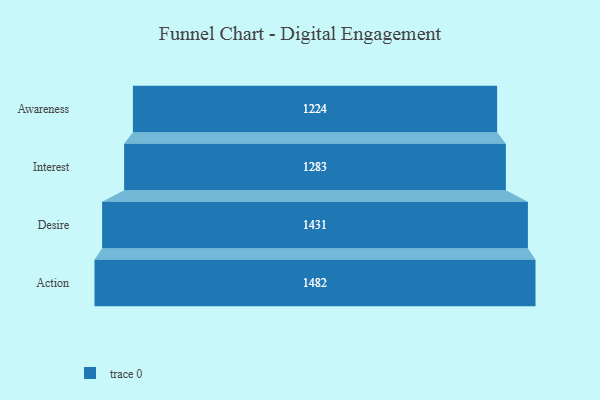
{"axis": {"x": "Stage", "y": "Value"}, "legend": [""], "data": [{"x": "Awareness", "y": 1224.0, "type": ""}, {"x": "Interest", "y": 1283.0, "type": ""}, {"x": "Desire", "y": 1431.0, "type": ""}, {"x": "Action", "y": 1482.0, "type": ""}]}